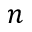
n